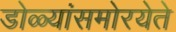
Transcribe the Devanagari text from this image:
डोळ्यांसमोरयेते